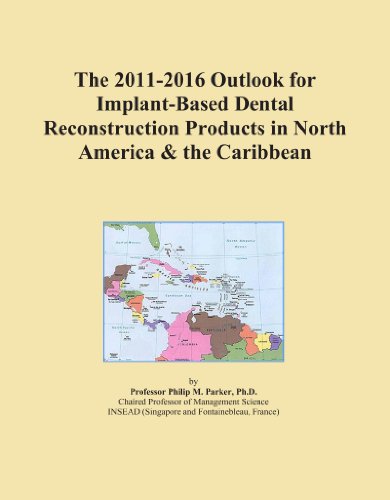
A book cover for The 2011-2016 Outlook for Implant-Based Dental Reconstruction Products in North America & the Caribbean; Icon Group International; Medical Books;